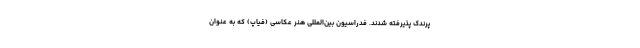
پرندک پذیرفته شدند. فدراسیون بین‌المللی هنر عکاسی (فیاپ) که به عنوان